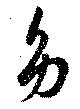
幼